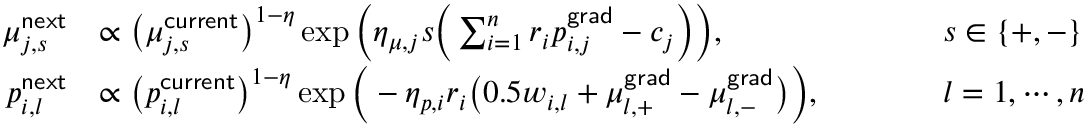
\begin{array} { r l r l } { \mu _ { j , s } ^ { \mathsf { n e x t } } } & { \propto \big ( \mu _ { j , s } ^ { \mathsf { c u r r e n t } } \big ) ^ { 1 - \eta } \exp \bigg ( \eta _ { \mu , j } s \Big ( \sum _ { i = 1 } ^ { n } r _ { i } p _ { i , j } ^ { \mathsf { g r a d } } - c _ { j } \Big ) \bigg ) , \qquad } & & { s \in \{ + , - \} } \\ { p _ { i , l } ^ { \mathsf { n e x t } } } & { \propto \big ( p _ { i , l } ^ { \mathsf { c u r r e n t } } \big ) ^ { 1 - \eta } \exp \Big ( - \eta _ { p , i } r _ { i } \big ( 0 . 5 w _ { i , l } + \mu _ { l , + } ^ { \mathsf { g r a d } } - \mu _ { l , - } ^ { \mathsf { g r a d } } \big ) \Big ) , \qquad } & & { l = 1 , \cdots , n } \end{array}